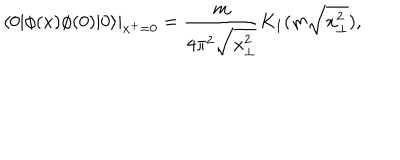
\left. \langle 0 | \phi ( x ) \phi ( 0 ) | 0 \rangle \right| _ { x ^ { + } = 0 } = \frac { m } { 4 \pi ^ { 2 } \sqrt { x _ { \bot } ^ { 2 } } } K _ { 1 } ( m \sqrt { x _ { \bot } ^ { 2 } } ) ,